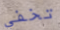
تخفي